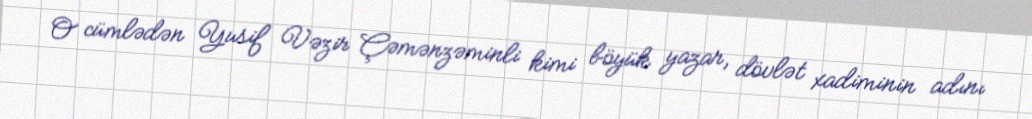
O cümlədən Yusif Vəzir Çəmənzəminli kimi böyük yazar, dövlət xadiminin adını